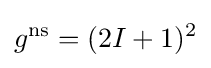
g^{\text{ns}}=(2I+1)^{2}